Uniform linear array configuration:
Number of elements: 24
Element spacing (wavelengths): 0.75
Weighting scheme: hamming
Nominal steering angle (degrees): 15
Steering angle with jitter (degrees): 13.721
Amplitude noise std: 0.05
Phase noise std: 0.05

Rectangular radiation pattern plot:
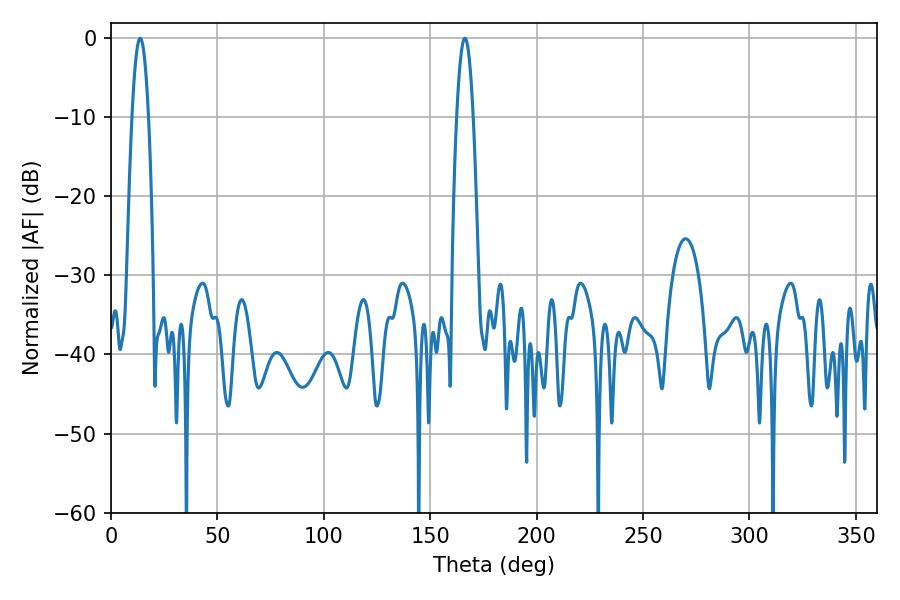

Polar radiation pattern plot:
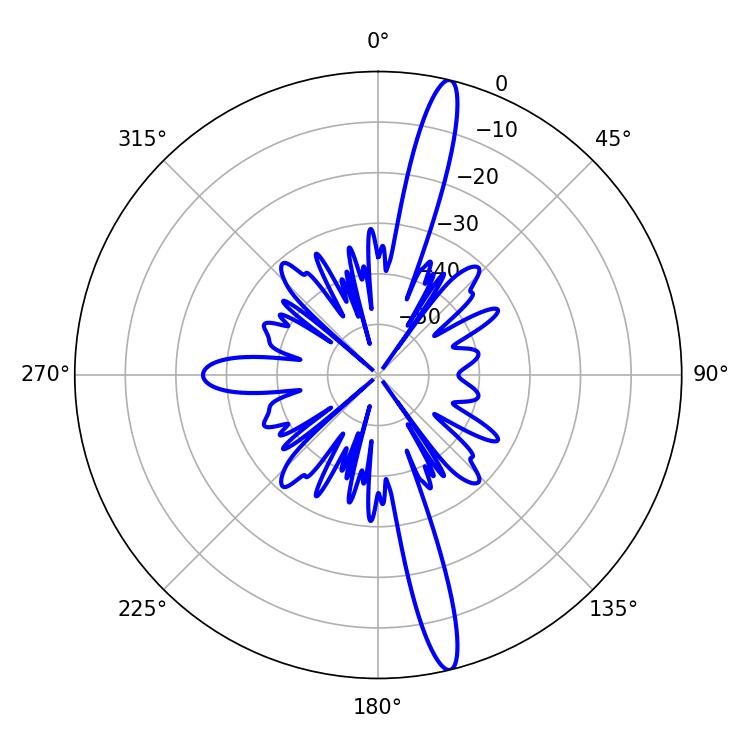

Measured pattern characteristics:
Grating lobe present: TRUE
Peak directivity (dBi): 17.246
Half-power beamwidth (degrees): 4.32
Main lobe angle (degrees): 13.68